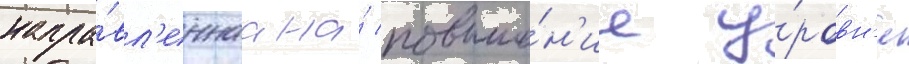
напра́вл'еннаа на́ повыше́н'ие у́ровн'я